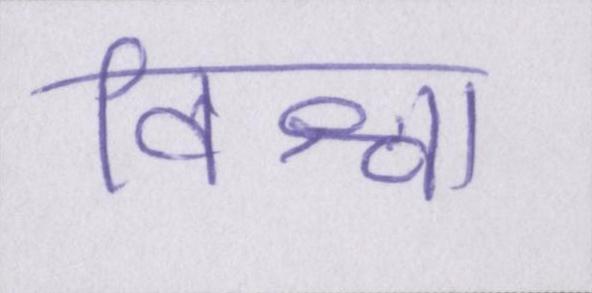
विश्वा